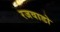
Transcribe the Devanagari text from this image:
रजवाडो